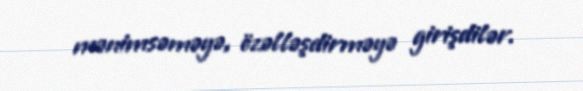
mənimsəməyə, özəlləşdirməyə girişdilər.